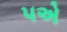
૫એ